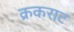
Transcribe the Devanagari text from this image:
क्रकराट